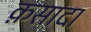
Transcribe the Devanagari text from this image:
क़सादा